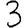
Digit: 3